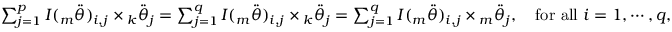
\begin{array} { r } { \sum _ { j = 1 } ^ { p } I ( { _ m \ddot { \theta } } ) _ { i , j } \times { _ k \ddot { \theta } _ { j } } = \sum _ { j = 1 } ^ { q } I ( { _ m \ddot { \theta } } ) _ { i , j } \times { _ k \ddot { \theta } _ { j } } = \sum _ { j = 1 } ^ { q } I ( { _ m \ddot { \theta } } ) _ { i , j } \times { _ m \ddot { \theta } _ { j } } , \quad \mathrm { f o r ~ a l l } ~ i = 1 , \cdots , q , } \end{array}